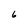
Character: 6